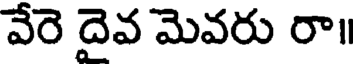
వేరె దైవ మెవరు రా॥